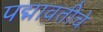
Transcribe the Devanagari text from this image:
पद्मावतीचे